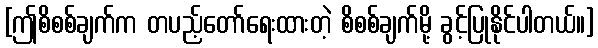
[ဤစိစစ်ချက်က တပည့်တော်ရေးထားတဲ့ စိစစ်ချက်မို့ ခွင့်ပြုနိုင်ပါတယ်။]